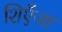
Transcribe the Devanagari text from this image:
शिएँजा